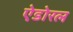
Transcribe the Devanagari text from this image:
ऐडोरल